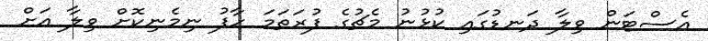
އެސްޓަން ވިލާ ދަނޑުގައި ކުޅުނު މެޗުގެ ފުރަތަމަ ހާފު ނިމެނިކޮށް ވިލާ އަށް